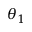
\theta _ { 1 }